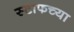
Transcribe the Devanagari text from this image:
स्टाफच्या